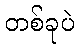
တစ်ခုပဲ